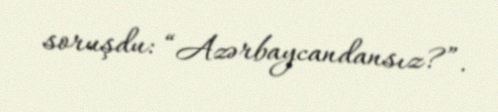
soruşdu: “Azərbaycandansız?”.